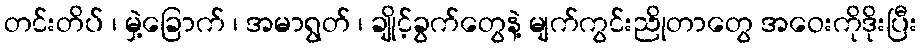
တင်းတိပ် ၊ မှဲ့ခြောက် ၊ အမာရွတ် ၊ ချိုင့်ခွက်တွေနဲ့ မျက်ကွင်းညိုတာတွေ အဝေးကိုဒိုးပြီး